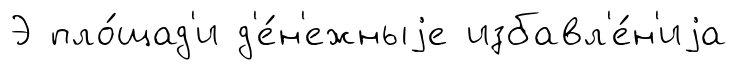
Э пло́щад'и д'е́н'ежныjе избавл'е́н'иjа